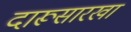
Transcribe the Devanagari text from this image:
दारूसारखा